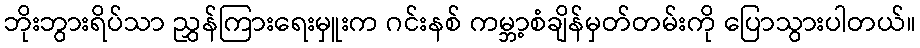
ဘိုးဘွားရိပ်သာ ညွှန်ကြားရေးမှူးက ဂင်းနစ် ကမ္ဘာ့စံချိန်မှတ်တမ်းကို ပြောသွားပါတယ်။